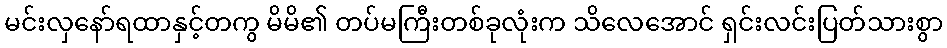
မင်းလှနော်ရထာနှင့်တကွ မိမိ၏ တပ်မကြီးတစ်ခုလုံးက သိလေအောင် ရှင်းလင်းပြတ်သားစွာ